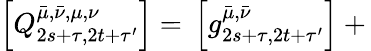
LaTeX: \left[Q_{2s+\tau,2t+\tau^{\prime}}^{\bar{\mu},\bar{\nu},\mu,\nu}\right]=\, \left[g_{2s+\tau,2t+\tau^{\prime}}^{\bar{\mu},\bar{\nu}}\right]+\,